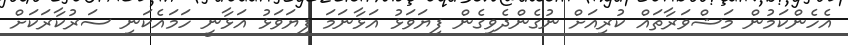
އެހެންކަމުން މަޝްވަރާތައް ކުރިއަށް ނުގެންދެވިގެން ފިޔަވަޅު އަޅާނަމަ ފިޔަވަޅު އަޅާނީ ހަމައެކަނި ސަރުކާރަކަށް